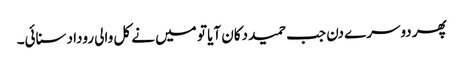
پھر دوسرے دن جب حمید دکان آیا تو میں نے کل والی روداد سنائی۔